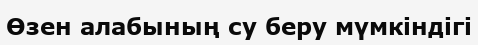
Өзен алабының су беру мүмкіндігі